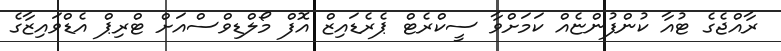
ރާއްޖެގެ ޓުއާ ކުންފުންޏެއް ކަމަށްވާ ސީކްރެޓް ޕެރެޑައިޒް އޮފް މޯލްޑިވްސްއަށް ޓްރިޕް އެޑްވައިޒާގެ